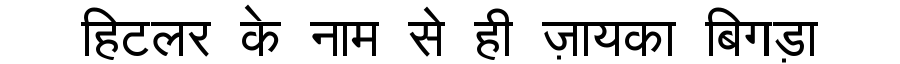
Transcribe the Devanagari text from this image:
हिटलर के नाम से ही ज़ायका बिगड़ा